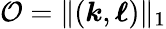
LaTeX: \mathcal{O}=\| (\boldsymbol{k},\boldsymbol{\ell})\| _{1}